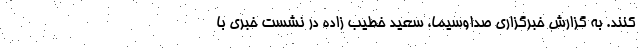
کنند. به گزارش خبرگزاری صداوسیما، سعید خطیب زاده در نشست خبری با